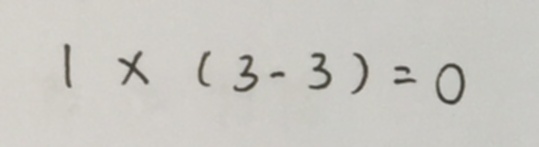
1 \times ( 3 - 3 ) = 0